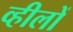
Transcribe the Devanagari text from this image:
व्हीलों